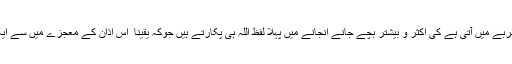
یہ بات بھی تجربے میں آتی ہے کی اکثر و بیشتر بچے جانے انجانے میں پہلا لفظ اللہ ہی پکارتے ہیں جوکہ یقینا ً اس اذان کے معجزے میں سے ایک ہوسکتا ہے۔